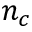
n _ { c }